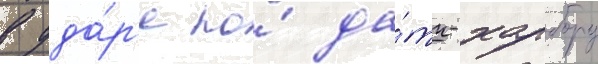
в уда́р'е по́ да́тч-харбору